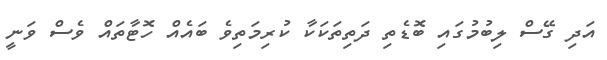
އަދި ގޭސް ލިބުމުގައި ބޮޑެތި ދަތިތަކަކާ ކުރިމަތިވެ ބައެއް ހޮޓާތައް ވެސް ވަނީ